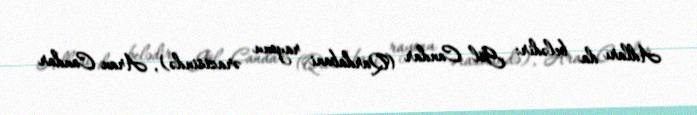
Adları da belədir: Göl Candar (Qardabani rayonu ərazisində), Aran Candar